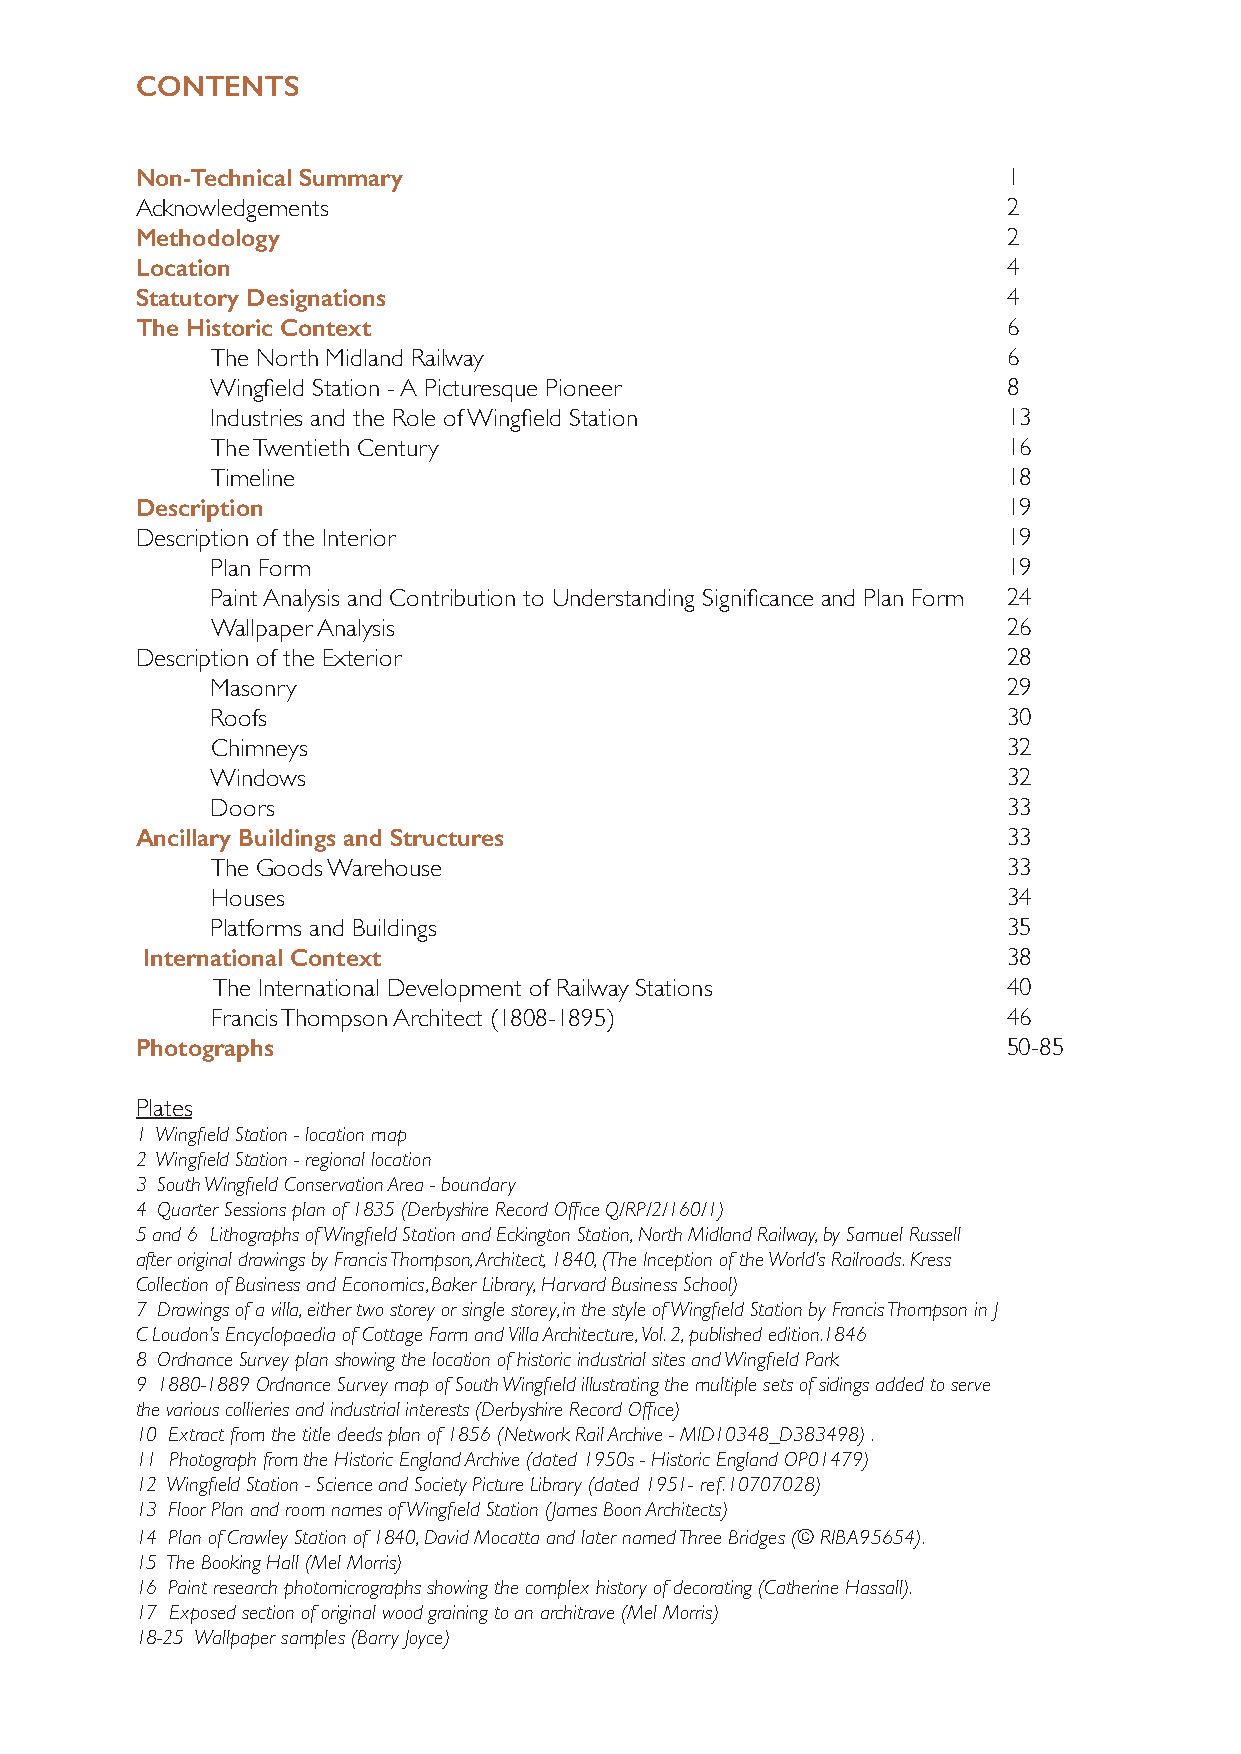
CONTENTS
 Non-Technical Summary                                     1
 Acknowledgements                                          2
 Methodology                                               2
 Location                                                  4
 Statutory Designations                                    4
 The Historic Context                                      6
 The North Midland Railway                            6
 Wingfield Station - A Picturesque Pioneer            8
 Industries and the Role of Wingfield Station         13
 The Twentieth Century                                16
 Timeline                                             18
 Description                                               19
 Description of the Interior                               19
 Plan Form                                            19
 Paint Analysis and Contribution to Understanding Significance and Plan Form 24
 Wallpaper Analysis                                   26
 Description of the Exterior                               28
 Masonry                                              29
 Roofs                                                30
 Chimneys                                             32
 Windows                                              32
 Doors                                                33
 Ancillary Buildings and Structures                        33
 The Goods Warehouse                                  33
 Houses                                               34
 Platforms and Buildings                              35
 International Context                                     38
 The International Development of Railway Stations    40
 Francis Thompson Architect (1808-1895)               46
 Photographs                                               50-85
 Plates
 1 Wingfield Station - location map
 2 Wingfield Station - regional location
 3 South Wingfield Conservation Area - boundary
 4 Quarter Sessions plan of 1835 (Derbyshire Record Office Q/RP/2/160/1)
 5 and 6 Lithographs of Wingfield Station and Eckington Station, North Midland Railway, by Samuel Russell
 after original drawings by Francis Thompson, Architect, 1840, (The Inception of the World’s Railroads. Kress
 Collection of Business and Economics, Baker Library, Harvard Business School)
 7 Drawings of a villa, either two storey or single storey, in the style of Wingfield Station by Francis Thompson in J
 C Loudon’s Encyclopaedia of Cottage Farm and Villa Architecture, Vol. 2, published edition.1846
 8 Ordnance Survey plan showing the location of historic industrial sites and Wingfield Park
 9 1880-1889 Ordnance Survey map of South Wingfield illustrating the multiple sets of sidings added to serve
 the various collieries and industrial interests (Derbyshire Record Office)
 10 Extract from the title deeds plan of 1856 (Network Rail Archive - MID10348_D383498) .
 11 Photograph from the Historic England Archive (dated 1950s - Historic England OP01479)
 12 Wingfield Station - Science and Society Picture Library (dated 1951- ref. 10707028)
 13 Floor Plan and room names of Wingfield Station (James Boon Architects)
 14 Plan of Crawley Station of 1840, David Mocatta and later named Three Bridges (© RIBA95654).
 15 The Booking Hall (Mel Morris)
 16 Paint research photomicrographs showing the complex history of decorating (Catherine Hassall).
 17 Exposed section of original wood graining to an architrave (Mel Morris)
 18-25 Wallpaper samples (Barry Joyce)